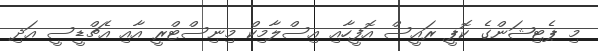
މި ޕެޓިޝަންގެ ކޮޕީ ރައީސް އޮފީހާއި އިސްލާމިކް މިނިސްޓްރީ އާއި އެޗްޑީސީ އަދި